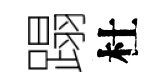
蹋杜